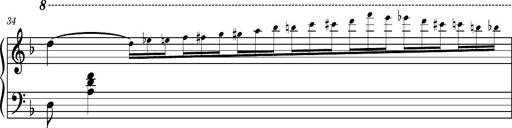
Title: Ungarischer Romanzero
Composer: Franz Liszt